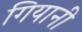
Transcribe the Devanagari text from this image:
गियानी